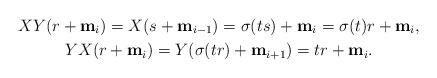
LaTeX: \begin{gather*}XY(r+\mathbf{m}_i)=X(s+\mathbf{m}_{i-1})=\sigma(ts)+\mathbf{m}_i=\sigma(t)r+\mathbf{m}_i,\\YX(r+\mathbf{m}_i)=Y(\sigma(tr)+\mathbf{m}_{i+1})=tr+\mathbf{m}_i.\end{gather*}